Annual administration and progress report of the Indian Medical Department, Bombay
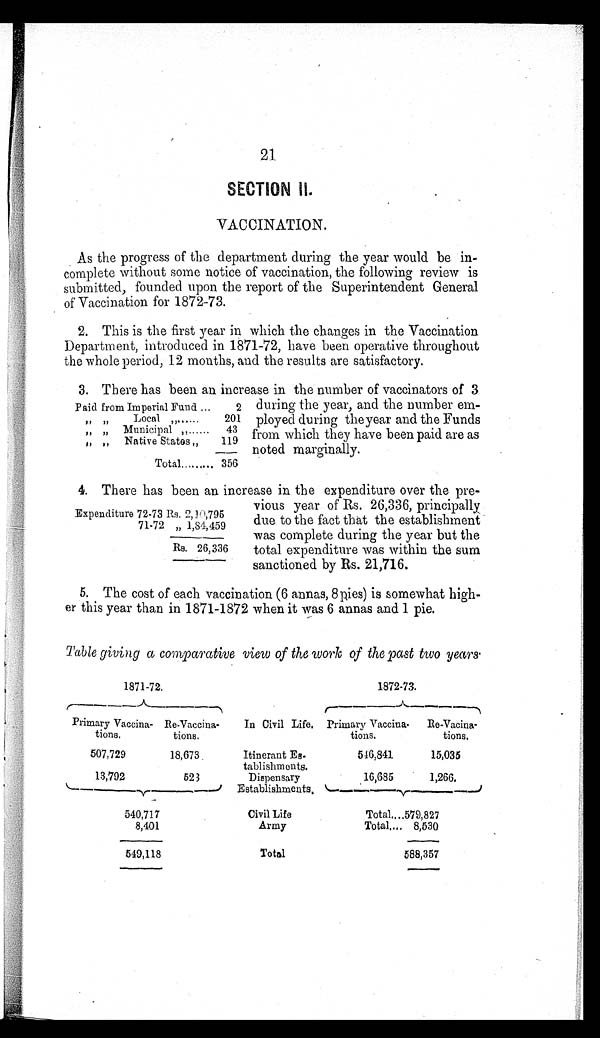
21.
SECTION
VACCINATION.
As the progress of the department during the year would be in-
complete without some notice of vaccination, the following review is
submitted, founded upon the report of the Superintendent General
of Vaccination for 1872-73.
2. This is the first year in which the changes in the Vaccination
Department, introduced in 1871-72, have been operative throughout
the whole period, 12 mouths, and the results are satisfactory.
3. There has been an increase in the number ofvaccinators of 3
Paid from Imperial Fund
2
"
"
Local
201
" "
Municipal
43
" "
Native States
119
Total
356
during the year, and the number em-
ployed during the year and the Funds
from which they have been paid are as
noted marginally.
4. There has been an increase in the expenditure over the pre-
Expenditure 72-73 Rs. 2,10,795
71-72 „ 1,84,459
Rs. 26,336
vious year of Rs. 26,336, principally
due to the fact that the establishment
-was complete during the year but the
total expenditure was within the sum
sanctioned by Rs. 21,716.
5. The cost of each vaccination (6 annas, 8pies) is somewhat high-
er this year than in 1871-1872 when it was 6 annas and 1 pie.
Table giving a comparative view of the work of the past two years.
1871-72.
1872-73.
Primary Vaccina-
tons.
Re-Vaccina-
tione.
In Civil Life. Primary Vaccine-
tions.
Re-Vacina-
tions.
507,729
18,673
Itinerant E.
tablishm outs.
5 1 6 , 8 4 1
15,035
13,792
523
Dispensary
Establishments.
16,685
1,266.
540,717
Civil Life
Total 579,827
8,401
Army
Total
8,530
549,118
Total
588,357